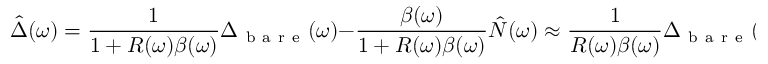
\hat { \Delta } ( \omega ) = \frac { 1 } { 1 + R ( \omega ) \beta ( \omega ) } \Delta _ { \mathrm { ~ b ~ a ~ r ~ e ~ } } ( \omega ) - \frac { \beta ( \omega ) } { 1 + R ( \omega ) \beta ( \omega ) } \hat { N } ( \omega ) \approx \frac { 1 } { R ( \omega ) \beta ( \omega ) } \Delta _ { \mathrm { ~ b ~ a ~ r ~ e ~ } } ( \omega ) - \frac { \hat { N } ( \omega ) } { R ( \omega ) } ,